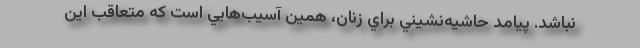
نباشد. پيامد حاشيه‌نشيني براي زنان، همين آسيب‌هايي است كه متعاقب اين